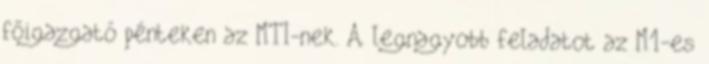
főigazgató pénteken az MTI-nek. A legnagyobb feladatot az M1-es